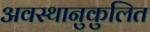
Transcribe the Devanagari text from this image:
अवस्थानुकुलित